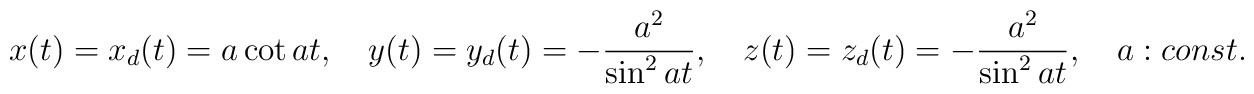
x(t)=x_{d}(t)=a\cot at,\quad y(t)=y_{d}(t)=     -{a^{2}\over{\sin^2 at}},   			\quad z(t)=z_{d}(t)=-{a^{2}\over{\sin^2 at}},\quad a: const.